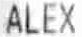
ALEX